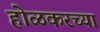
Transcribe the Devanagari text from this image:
होळकरच्या